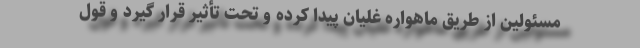
مسئولین از طریق ماهواره غلیان پیدا کرده و تحت تأثیر قرار گیرد و قول